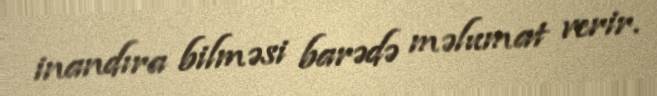
inandıra bilməsi barədə məlumat verir.